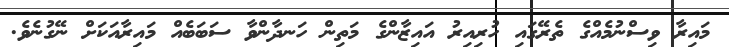
މައިރާ ވިސްނުމެއްގެ ތެރޭގައި ހުރިއިރު އައިޒާންގެ މަތިން ހަނދާންވާ ސަބަބެއް މައިރާއަކަށް ނޭގުނެވެ.